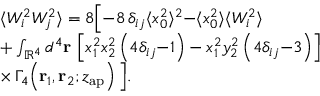
\begin{array} { r l } & { \langle W _ { i } ^ { 2 } W _ { j } ^ { 2 } \rangle = 8 \Big [ { - } 8 \, \delta _ { i j } \langle x _ { 0 } ^ { 2 } \rangle ^ { 2 } { - } \langle x _ { 0 } ^ { 2 } \rangle \langle W _ { i } ^ { 2 } \rangle } \\ & { + \int _ { \mathbb { R } ^ { 4 } } d ^ { 4 } \mathbf { r } \, \left[ x _ { 1 } ^ { 2 } x _ { 2 } ^ { 2 } \left( 4 \delta _ { i j } { - } 1 \right) - x _ { 1 } ^ { 2 } y _ { 2 } ^ { 2 } \left( 4 \delta _ { i j } { - } 3 \right) \right] } \\ & { \times \, \Gamma _ { 4 } \! \left( \mathbf { r } _ { 1 } , \mathbf { r } _ { 2 } ; z _ { \mathrm { a p } } \right) \Big ] . } \end{array}